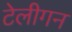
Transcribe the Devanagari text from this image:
टेलीगन